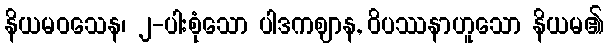
နိယမဝသေန၊ ၂-ပါးစုံသော ပါဒကဈာန, ဝိပဿနာဟူသော နိယမ၏